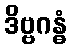
ဒိဗ္ဗဂန္ဓံ